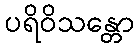
ပရိဝိသန္တော